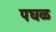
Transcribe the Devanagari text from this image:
पघळ